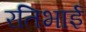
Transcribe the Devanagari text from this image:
रतिभाई